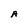
Character: A